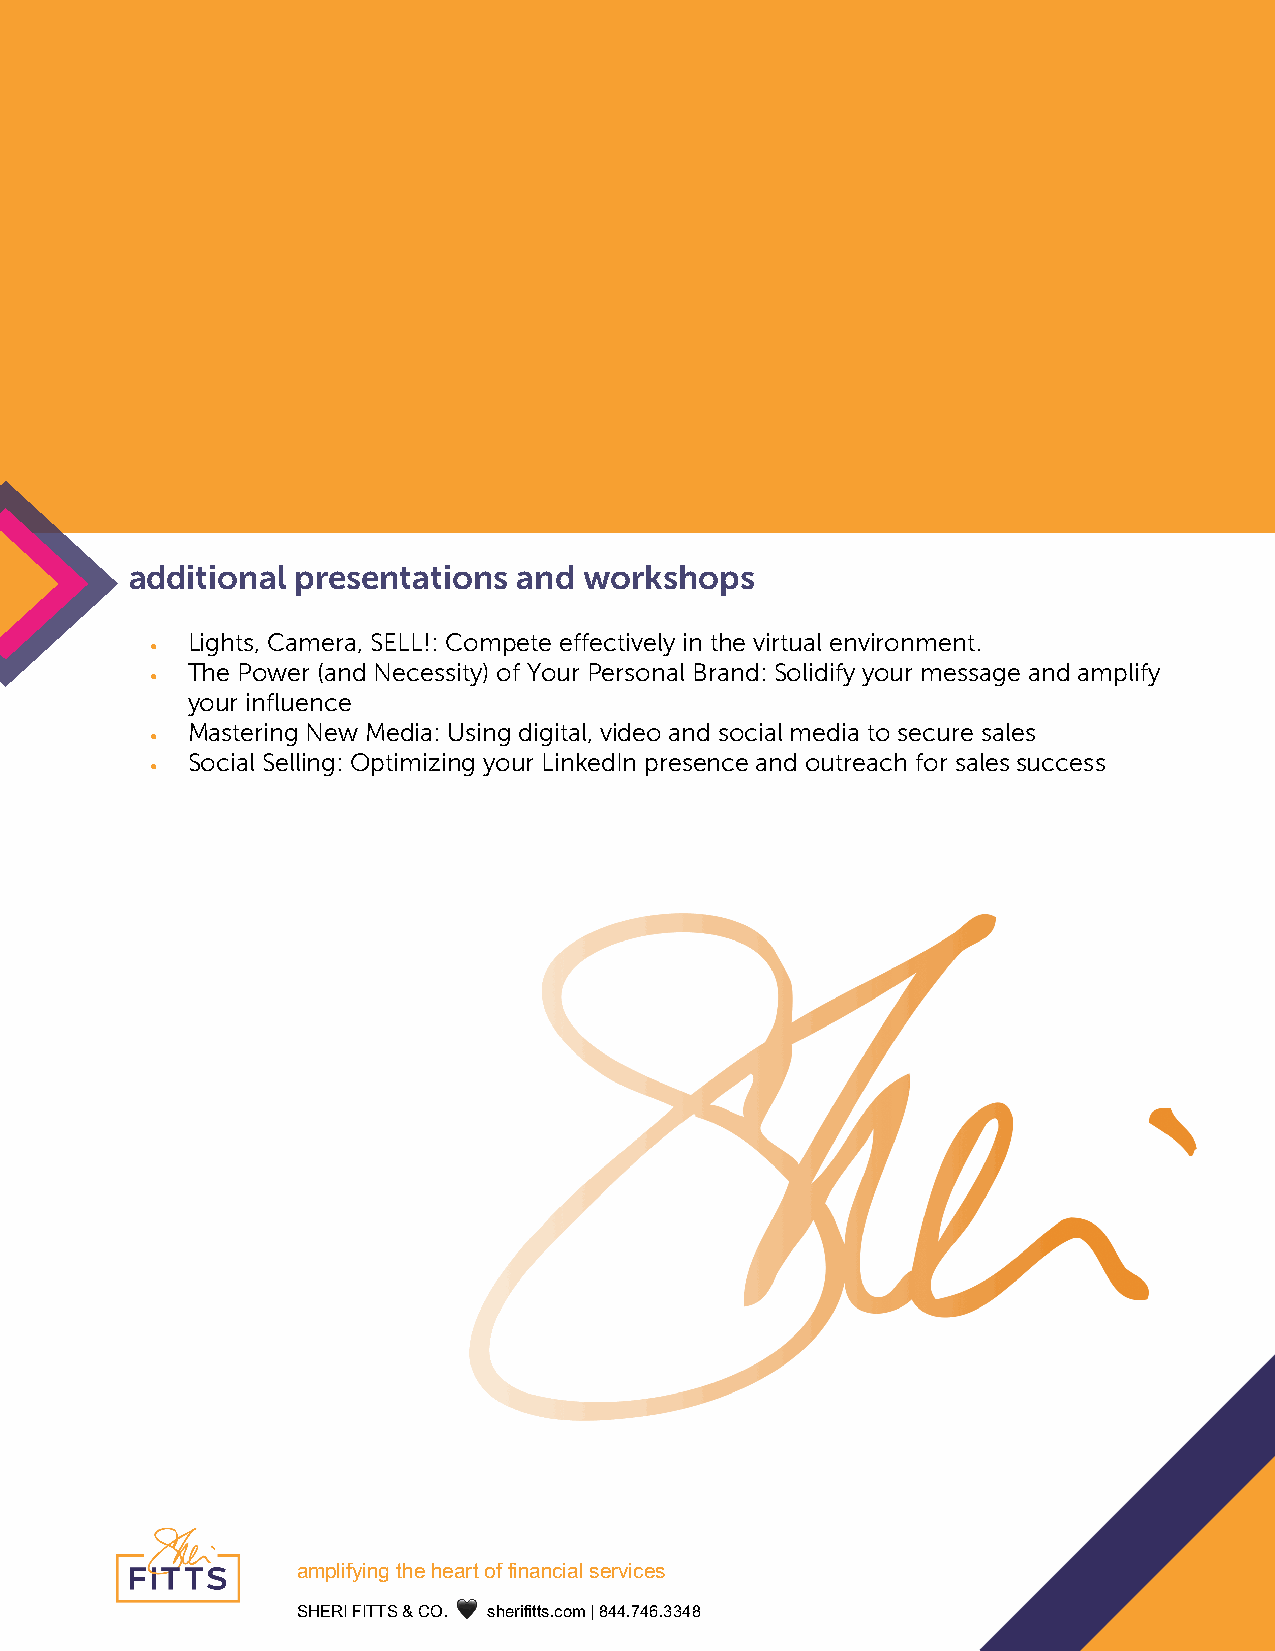
additional presentations and  workshops
 Lights, Camera, SELL!: Compete effectively in the virtual environment.
 •
 The Power (and Necessity) of Your Personal Brand: Solidify your message and amplify
 •
 your influence
 Mastering New Media: Using digital, video and social media to secure sales
 •
 Social Selling: Optimizing your LinkedIn presence and outreach for sales success
 •
 !
 !"#$%&’%()*+,-*,-!.+*/&*&%(!(0%!$*1-.2%0-1* !
 !"#$%&’%((!&)&*+,&&🖤&&-./012133-,456&7&899,:9;,<<98&